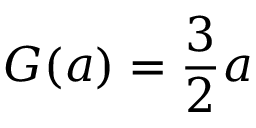
G ( a ) = \frac { 3 } { 2 } a